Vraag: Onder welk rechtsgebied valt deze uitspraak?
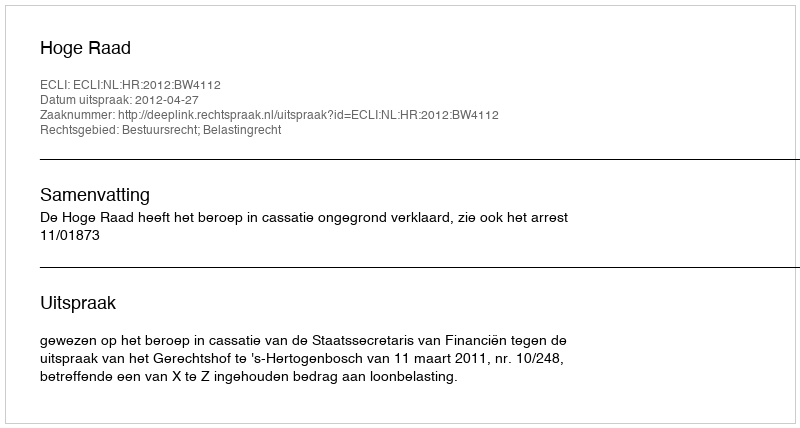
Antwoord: Bestuursrecht; Belastingrecht